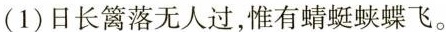
(1)日长篱落无人过，惟有蜻蜓蛱蝶飞。